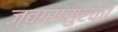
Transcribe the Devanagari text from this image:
ज्वारासुरकाे